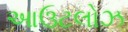
આઉટલોઝ